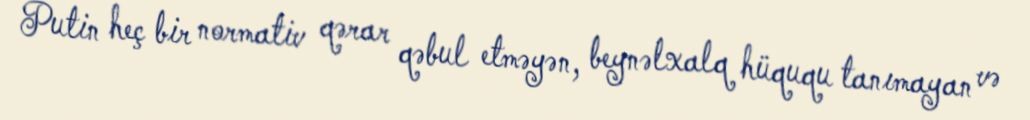
Putin heç bir normativ qərar qəbul etməyən, beynəlxalq hüququ tanımayan və